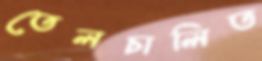
তেলচালিত